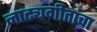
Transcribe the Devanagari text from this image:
नाट्यगीतांचा